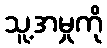
သူ့အမှုကို